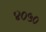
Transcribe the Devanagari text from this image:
४०५०